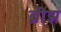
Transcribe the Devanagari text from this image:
ब्रीझ